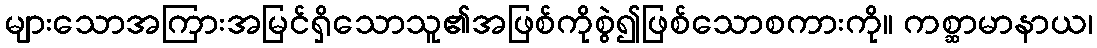
များသောအကြားအမြင်ရှိသောသူ၏အဖြစ်ကိုစွဲ၍ဖြစ်သောစကားကို။ ကစ္ဆာမာနာယ၊